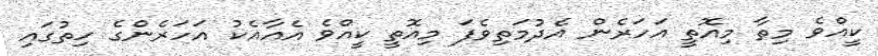
ކީއްވެ މިތާ މިއޮތީ އަހަރެން އެދުމަތިވެފަ މިއޮތީ ކީއްވެ އެއާއެކު އަހަރެންގެ ހިތުގައި